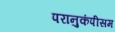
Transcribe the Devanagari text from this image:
परानुकंपीसम